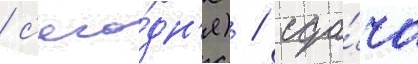
/ с'его́дн'я) / сда́ча